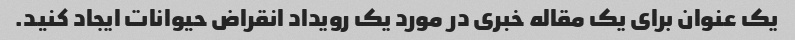
یک عنوان برای یک مقاله خبری در مورد یک رویداد انقراض حیوانات ایجاد کنید.